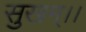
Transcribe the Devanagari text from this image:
सुखम्।।